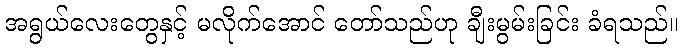
အရွယ်လေးတွေနှင့် မလိုက်အောင် တော်သည်ဟု ချီးမွမ်းခြင်း ခံရသည်။